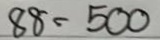
88 = 500